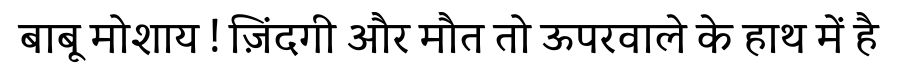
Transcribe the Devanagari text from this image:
बाबू मोशाय ! ज़िंदगी और मौत तो ऊपरवाले के हाथ में है